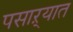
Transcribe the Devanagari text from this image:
पसाऱ्यात